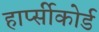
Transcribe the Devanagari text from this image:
हार्प्सीकोर्ड